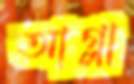
আগ্‌লা